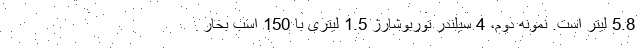
5.8 لیتر است. نمونه دوم، 4 سیلندر توربوشارژ 1.5 لیتری با 150 اسب بخار